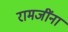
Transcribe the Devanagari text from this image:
रामजींना